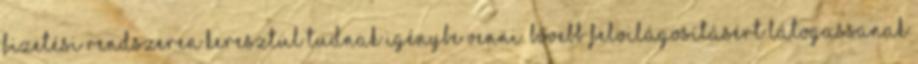
fizetési rendszeren keresztül tudnak igénybe venni. Bővebb felvilágosításért látogassanak